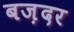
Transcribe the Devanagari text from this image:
बज़दर